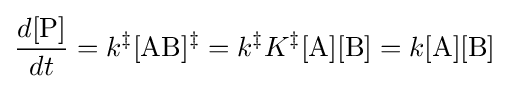
{\frac {d[{\ce {P}}]}{dt}}=k^{\ddagger }[{\mathrm {AB} }]^{\ddagger }=k^{\ddagger }K^{\ddagger }[{\ce {A}}][{\ce {B}}]=k[{\ce {A}}][{\ce {B}}]